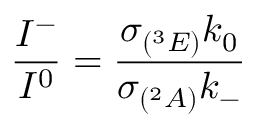
\frac { I ^ { - } } { I ^ { 0 } } = \frac { \sigma _ { ( ^ { 3 } E ) } k _ { 0 } } { \sigma _ { ( ^ { 2 } A ) } k _ { - } }